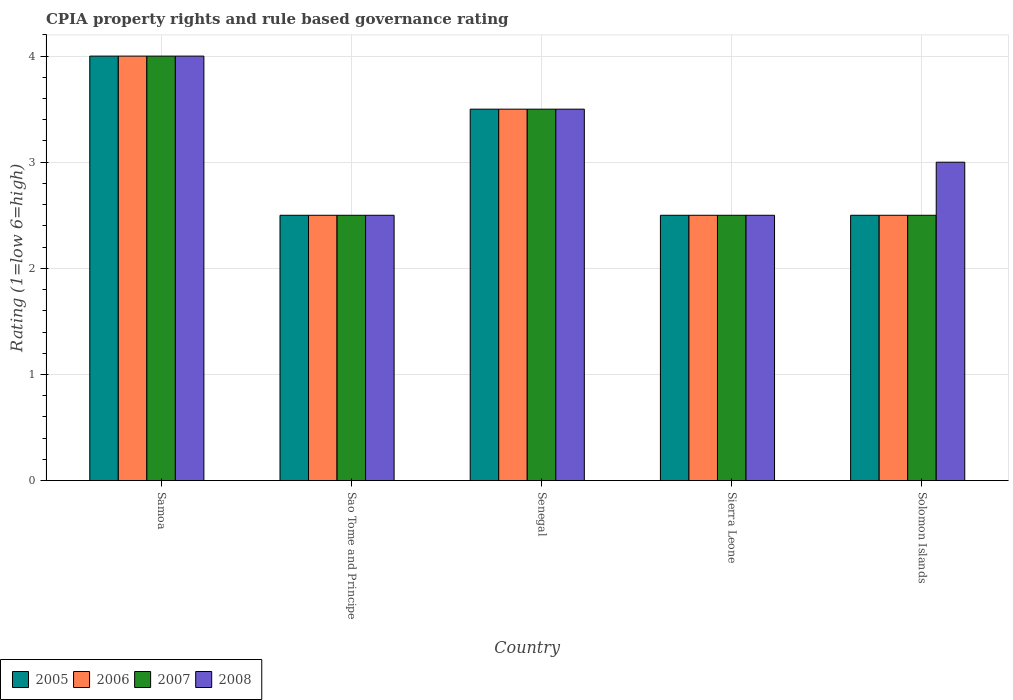
| Country | 2005 | 2006 | 2007 | 2008 |
 | --- | --- | --- | --- | --- |
 | Samoa | 4 | 4 | 4 | 4 |
 | Sao Tome and Principe | 2.5 | 2.5 | 2.5 | 2.5 |
 | Senegal | 3.5 | 3.5 | 3.5 | 3.5 |
 | Sierra Leone | 2.5 | 2.5 | 2.5 | 2.5 |
 | Solomon Islands | 2.5 | 2.5 | 2.5 | 3 |